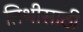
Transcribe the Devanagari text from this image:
तिथीसाठी